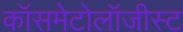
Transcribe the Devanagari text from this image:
कॉसमेटोलॉजीस्ट